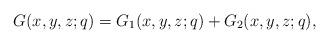
LaTeX: \begin{align*}G(x,y,z;q)=G_1(x,y,z;q)+G_2(x,y,z;q),\end{align*}